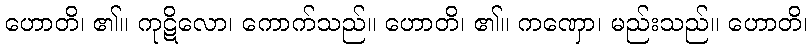
ဟောတိ၊ ၏။ ကုဋိလော၊ ကောက်သည်။ ဟောတိ၊ ၏။ ကဏှော၊ မည်းသည်။ ဟောတိ၊